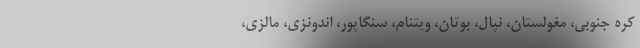
کره جنوبی، مغولستان، نپال، بوتان، ویتنام، سنگاپور، اندونزی، مالزی،